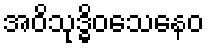
အဝိသုဒ္ဓိဝသေနေဝ